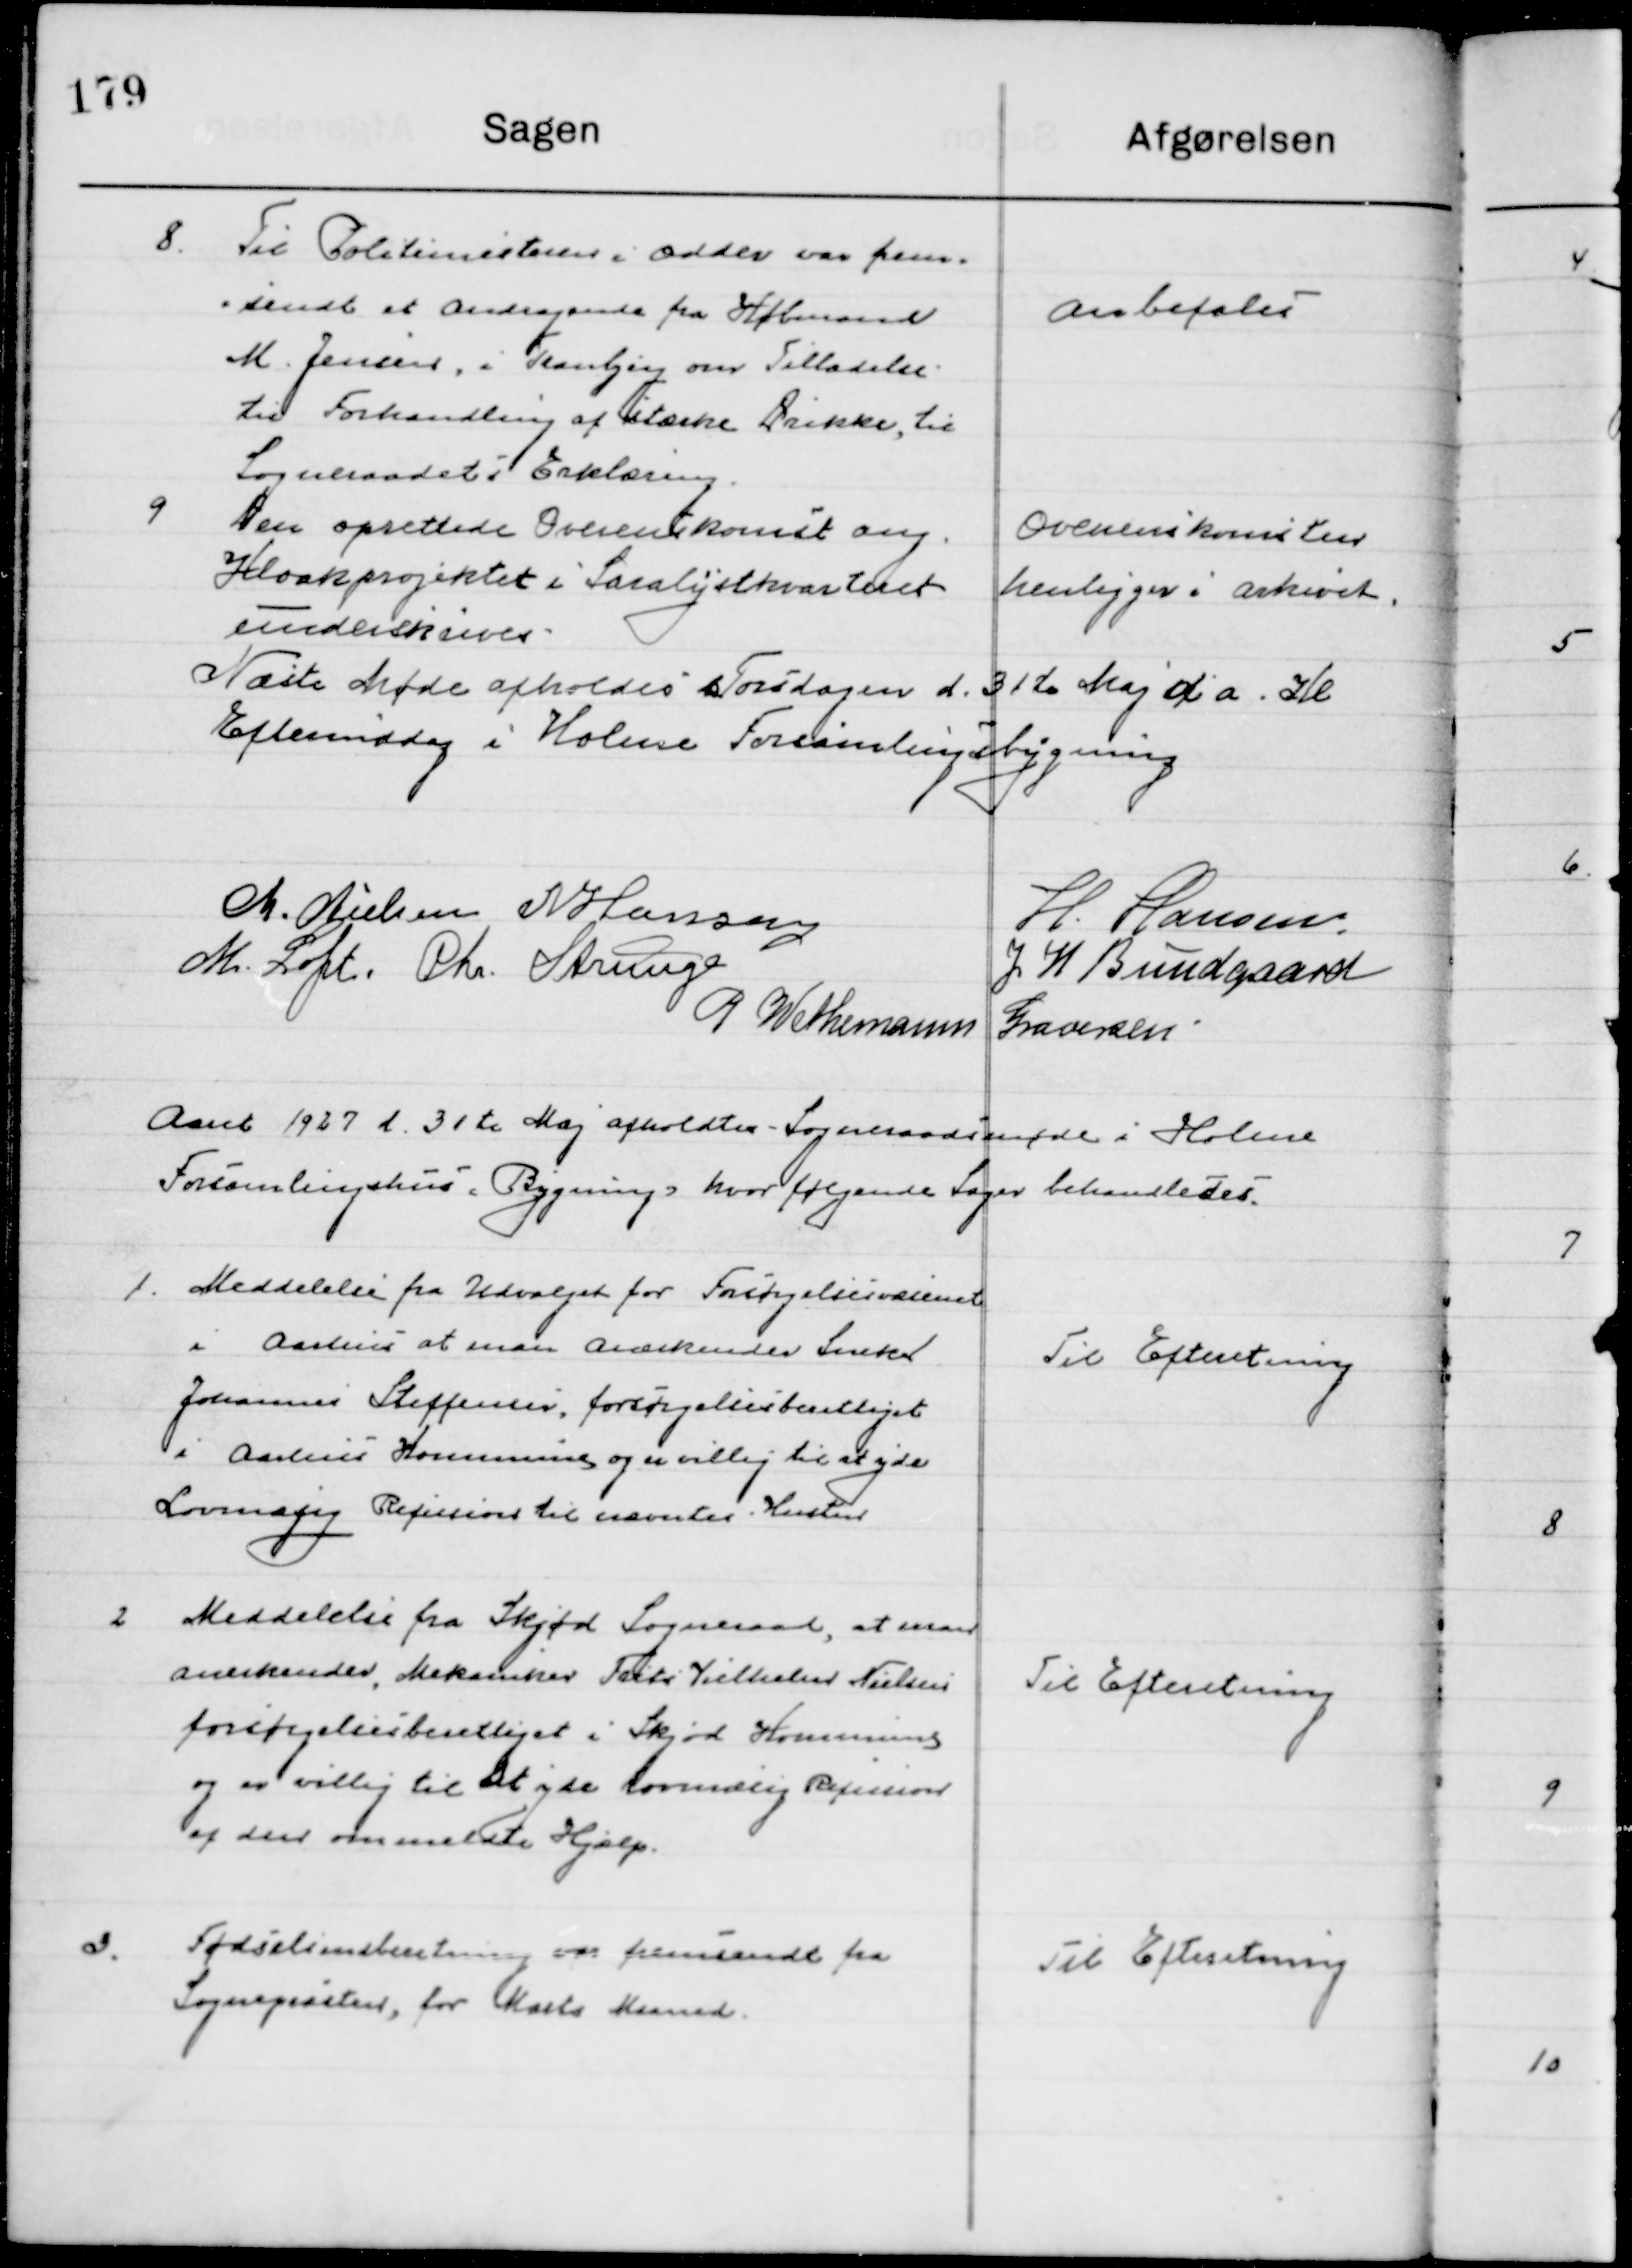
Transskription:
8

Til Politimesteren i Odder var frem-
sendt et Andragende fra købmand
M. Jensen i Tranbjerg om Tilladelse
Til forhandling af stærke Drikke, til
Sogneraadets Erklæring.

Anbefales

9

Den Oprettede Overenskomst ang.
Kloakprojektet i Saralyst kvarteret
underskrives.

Overenskomsten
henligger i arkivet.

Næste Møde afholdes Torsdag d. 31de Maj d. a. Kl. 
Eftermiddag i Holme Forsamlingsbygning.

M. Nielsen
N. Hansen
H. Hansen
M. Loft
Chr. Strunge
J. H. Bundgaard
P. Wethemann Graversen.

Aaret 1927 d. 31de Maj afholdt Sogneraadsmøde i Holme 
Forsamlingsbygning hvor følgende Sager behandledes.

1

Meddelelse fra Udvalget fra Forsørgelsesvæsenet
I Aarhus at man Anerkender Sneker
Johannes Steffensen forsørgelsesberettiget
i Aarhus Kommune og er villig til at yde  	
Lovmæssig Refusion til nævnte Hustru.

Til Efterretning

2

Meddelelse fra Skjød Sogneraad, at man
Anerkender, Mekaniker Frits Vilhelm Nielsen
Forsørgelsesberettiget i Skjød Kommune
og er villig til at yde Lovmæssig Refusion
af den ommeldte Hjælp.

Til Efterretning

3

Fødselsindberetning var fremsendt fra
Sognepræsten, for Marts Maaned.

Til Efterretning